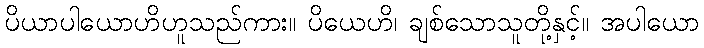
ပိယာပါယောဟိဟူသည်ကား။ ပိယေဟိ၊ ချစ်သောသူတို့နှင့်။ အပါယော